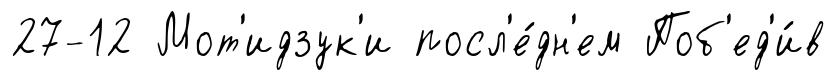
27-12 Мот'идзук'и посл'е́дн'ем Поб'ед'и́в